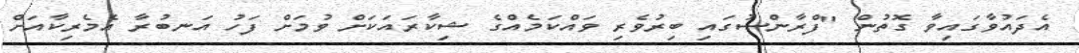
އެދައުވާގައިވާ ގޮތުން "ފްރާންސުގައި ބިރުވެރި ވައްކަމެއްގެ ޝިކާރައަކަށް ވުމަށް ފަހު އަނބުރާ އެމެރިކާއަށް